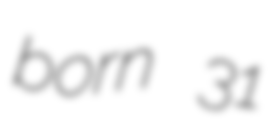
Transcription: born 31